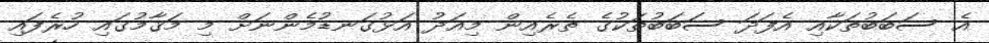
އެ ސަބަބުތަކާއި އެފަދަ ސަބަބުތަކުގެ ތެރެއިން މިއަދު އަޅުގަނޑުމެންނަށް މި މަޤާމުގައި ހުރެފައި